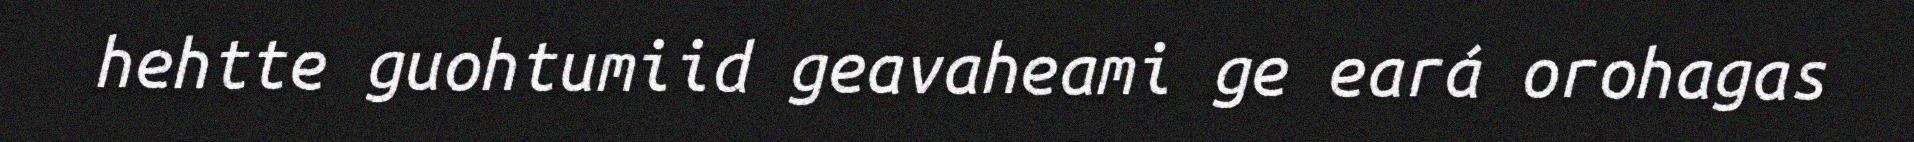
hehtte guohtumiid geavaheami ge eará orohagas